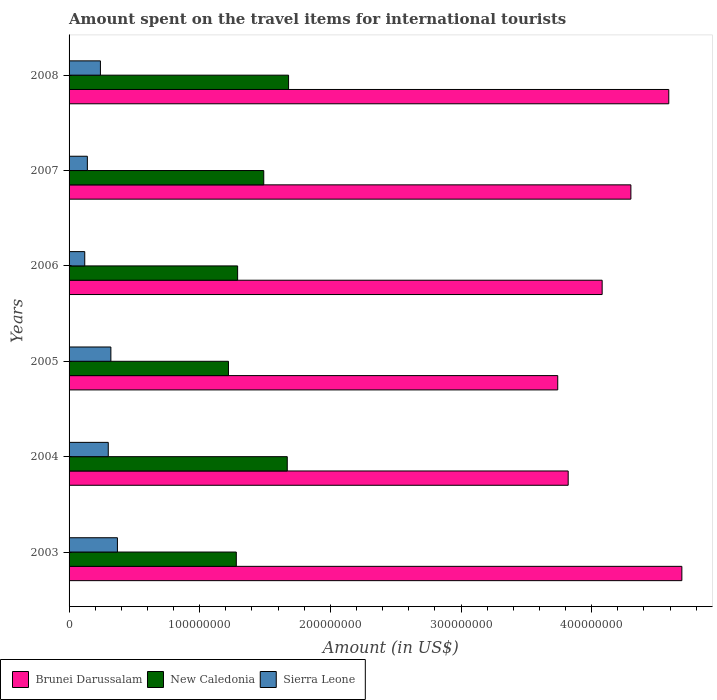
| Years | Brunei Darussalam | New Caledonia | Sierra Leone |
 | --- | --- | --- | --- |
 | 2003 | 4.69e+08 | 1.28e+08 | 3.7e+07 |
 | 2004 | 3.82e+08 | 1.67e+08 | 3e+07 |
 | 2005 | 3.74e+08 | 1.22e+08 | 3.2e+07 |
 | 2006 | 4.08e+08 | 1.29e+08 | 1.2e+07 |
 | 2007 | 4.3e+08 | 1.49e+08 | 1.4e+07 |
 | 2008 | 4.59e+08 | 1.68e+08 | 2.4e+07 |